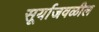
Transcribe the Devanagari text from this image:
सूर्याजवळील